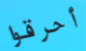
أحرقوا